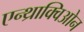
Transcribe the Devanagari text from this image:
एन्थ्राक्विओन